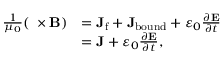
{ \begin{array} { r l } { { \frac { 1 } { \mu _ { 0 } } } ( \mathbf { \nabla } \times \mathbf { B } ) } & { = \mathbf { J } _ { \mathrm { f } } + \mathbf { J } _ { \mathrm { b o u n d } } + \varepsilon _ { 0 } { \frac { \partial \mathbf { E } } { \partial t } } } \\ & { = \mathbf { J } + \varepsilon _ { 0 } { \frac { \partial \mathbf { E } } { \partial t } } , } \end{array} }